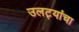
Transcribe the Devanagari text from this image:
उलट्यांचा